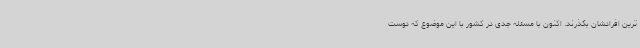
ترین افرادشان بگذرند. اکنون با مسئله جدی در کشور با این موضوع که دوست